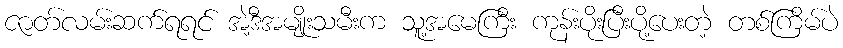
ဇာတ်လမ်းဆက်ရရင် အဲ့ဒီအမျိုးသမီးက သူ့အမေကြီး ကုန်းပိုးပြီးပို့ပေးတဲ့ တစ်ကြိမ်ပဲ